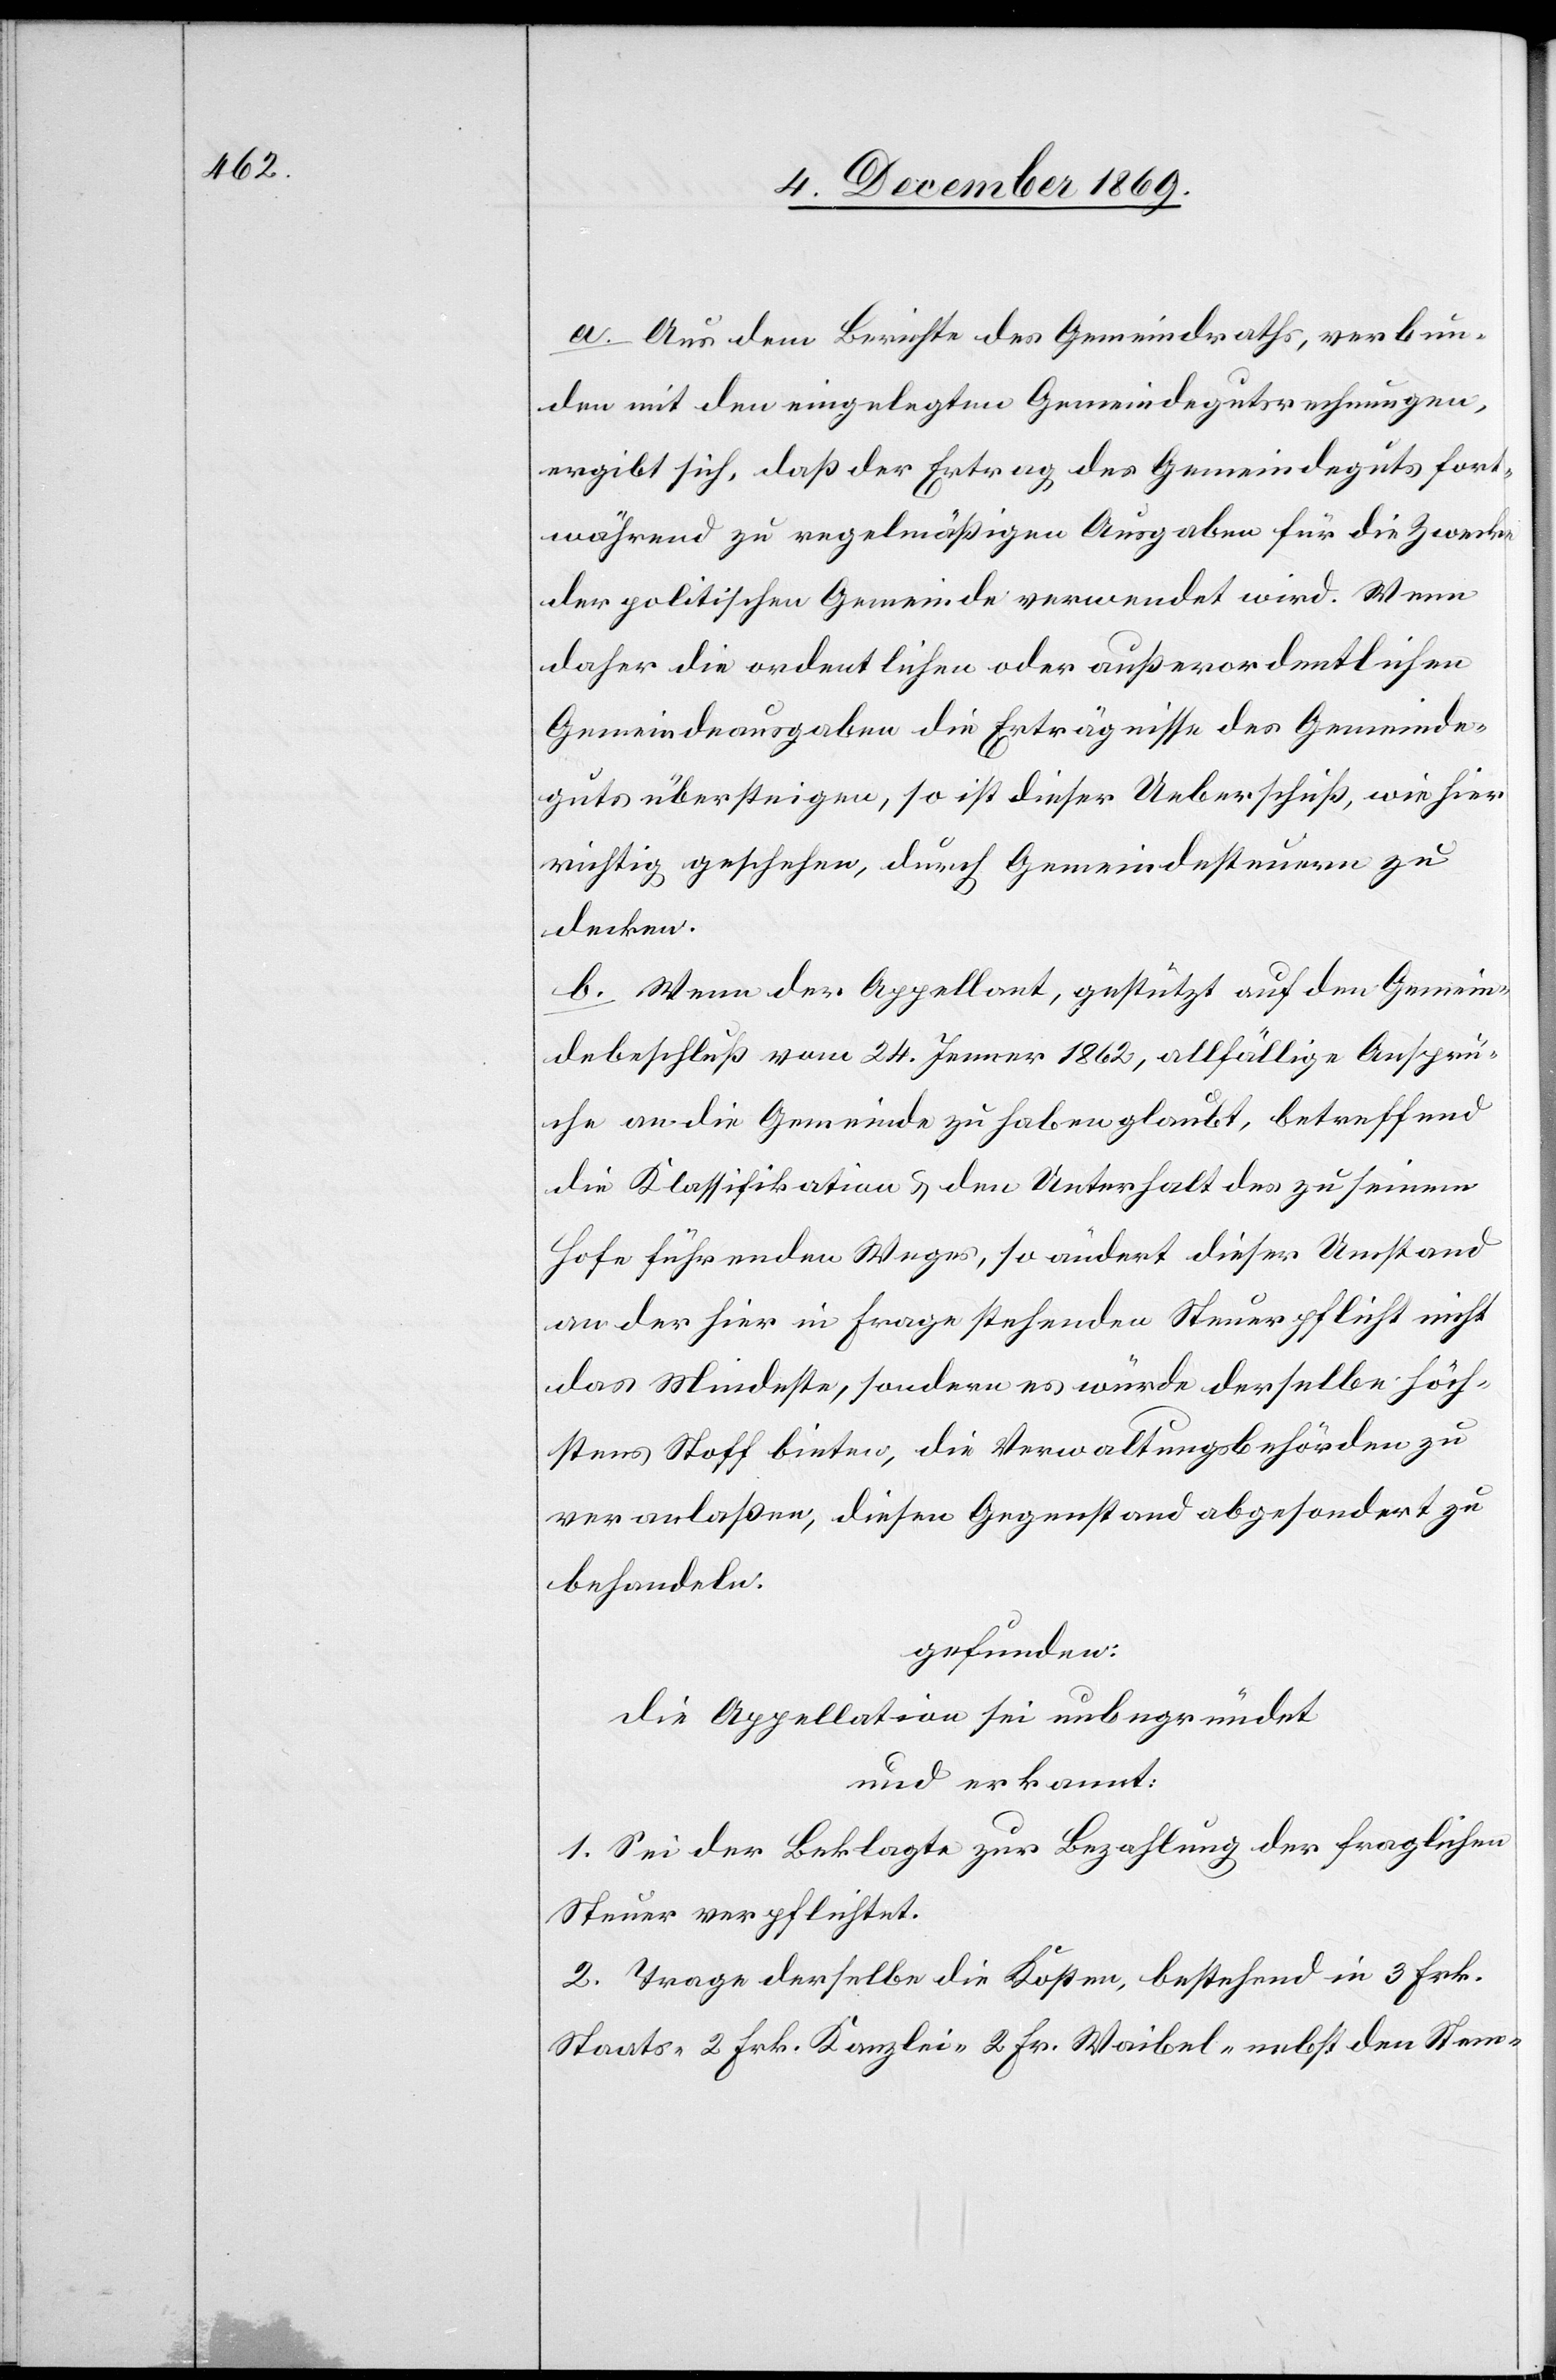
a. Aus dem Berichte des Gemeindraths, verbun¬
den mit den eingelegten Gemeindegutsrechnungen,
ergibt sich, daß der Ertrag des Gemeindeguts fort¬
während zu regelmäßigen Ausgaben für die Zwecke
der politischen Gemeinde verwendet wird. Wenn
daher die ordentlichen oder außerordentlichen
Gemeindeausgaben die Erträgnisse des Gemeinde¬
guts übersteigen, so ist dieser Ueberschuß, wie hier
richtig geschehen, durch Gemeindesteuern zu
decken.
b. Wenn der Appellant, gestützt auf den Gemein¬
debeschluß vom 24. Jenner 1862, allfällige Ansprü¬
che an die Gemeinde zu haben glaubt, betreffend
die Klassifikation & den Unterhalt des zu seinem
Hofe führenden Weges, so ändert dieser Umstand
an der hier in Frage stehenden Steuerpflicht nicht
das Mindeste, sondern es würde derselbe höch¬
stens Stoff bieten, die Verwaltungsbehörden zu
veranlaßen, diesen Gegenstand abgesondert zu
behandeln.
gefunden:
die Appellation sei unbegründet
und erkannt:
1. Sei der Beklagte zur Bezahlung der fraglichen
Steuer verpflichtet.
2. Trage derselbe die Kosten, bestehend in 3 Frk.
Staats-[,] 2 Frk. Kanzlei-[,] 2 Fr. Waibel-[,] nebst den Stem-